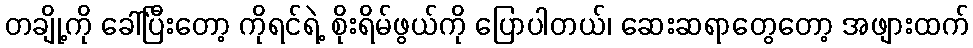
တချို့ကို ခေါ်ပြီးတော့ ကိုရင်ရဲ့ စိုးရိမ်ဖွယ်ကို ပြောပါတယ်၊ ဆေးဆရာတွေတော့ အဖျားထက်